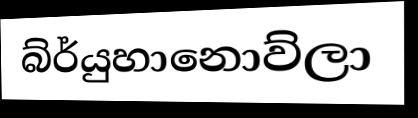
බ්ර්යුහානොව්ලා